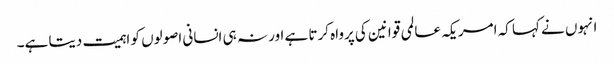
انہوں نے کہا کہ امریکہ عالمی قوانین کی پرواہ کرتا ہے اور نہ ہی انسانی اصولوں کو اہمیت دیتا ہے۔